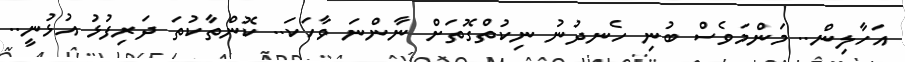
އަހާލިން.. މަންމަވެސް ބުނި ހެނދުނު ނިކުތްގޮތަށް ނާންނަ ވާހަކަ.. ކޮންތާކުތަ ދަރިފުޅު އުޅުނީ..